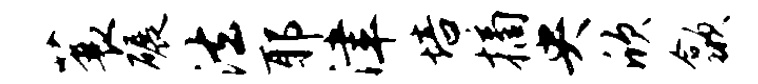
蓑碾法耶津培摘央欣歙